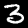
Digit: 3